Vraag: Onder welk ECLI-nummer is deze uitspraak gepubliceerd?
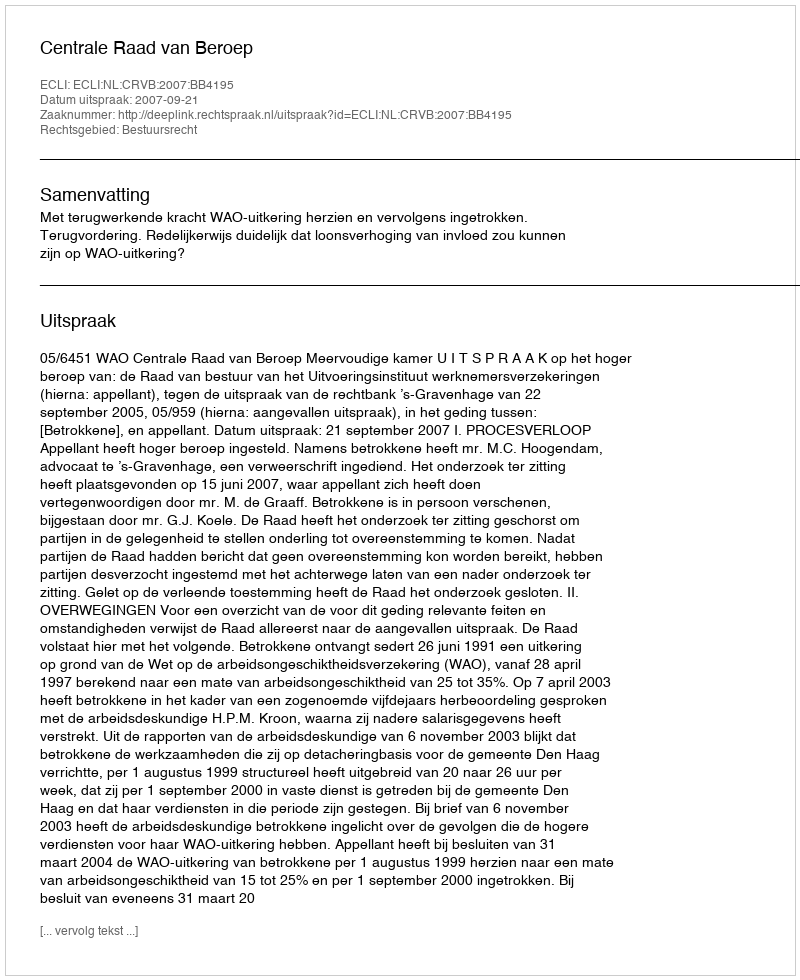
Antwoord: ECLI:NL:CRVB:2007:BB4195